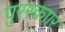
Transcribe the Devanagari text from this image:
पुरस्काार